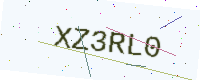
Text: XZ3RL0